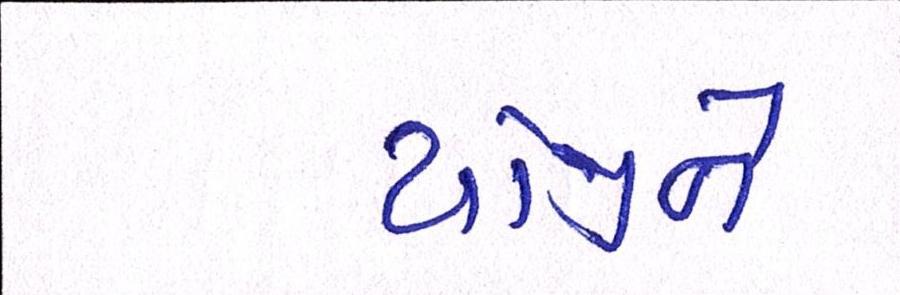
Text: યોજીને